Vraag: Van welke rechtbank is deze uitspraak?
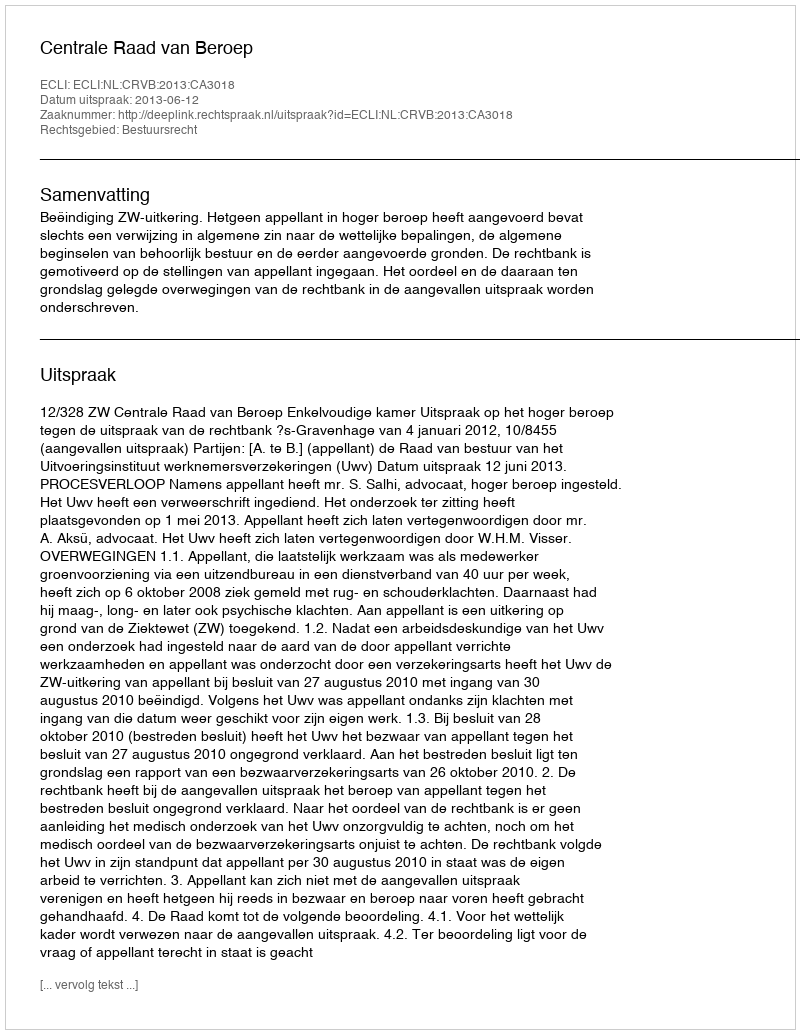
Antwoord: Centrale Raad van Beroep